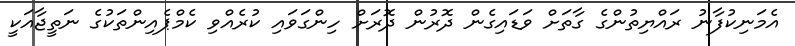
އެމަނިކުފާނު ރައްޔިތުންގެ ގާތަށް ވަޑައިގެން ދޮރުން ދޮރަށް ހިންގަވައި ކުރެއްވި ކެމްޕެއިންތަކުގެ ނަތީޖާއަކީ